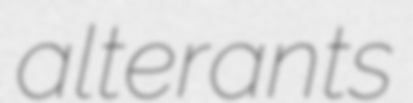
alterants